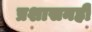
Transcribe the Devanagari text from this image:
प्रशासनही